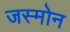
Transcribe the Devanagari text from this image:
जस्मोन